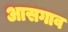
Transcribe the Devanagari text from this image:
आसगाव